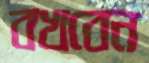
বখবেন